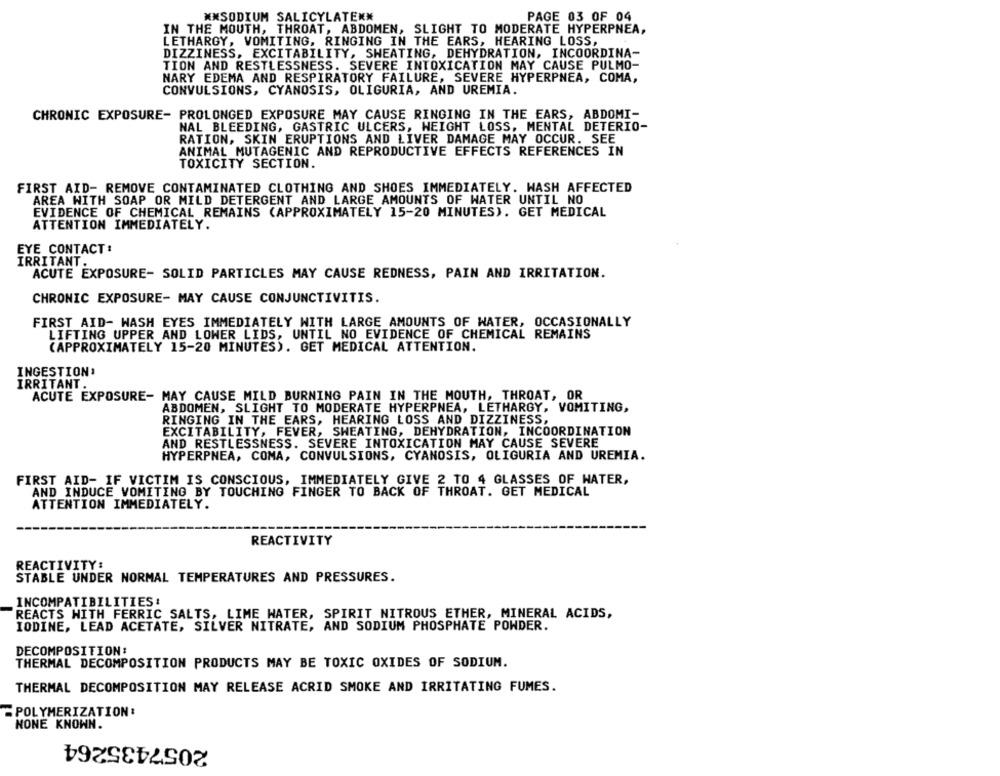
NXSODIUM SALICYLATEKN
PAGE 03 OF 04
IN THE MOUTH, THROAT, ABDOMEN, SLIGHT TO MODERATE HYPERPNEA,
LETHARGY, VOMITING, RINGING IN THE EARS, HEARING LOSS,
DIZZINESS, EXCITABILITY, SWEATING, DEHYDRATION, INCOORDINA-
TION AND RESTLESSNESS. SEVERE INTOXICATION MAY CAUSE PULMO-
NARY EDEMA AND RESPIRATORY FAILURE, SEVERE HYPERPNEA, COMA,
CONVULSIONS, CYANOSIS, OLIGURIA, AND UREMIA.
CHRONIC EXPOSURE- PROLONGED EXPOSURE MAY CAUSE RINGING IN THE EARS, ABDOMI-
NAL BLEEDING, GASTRIC ULCERS, WEIGHT LOSS, MENTAL DETERIO-
RATION, SKIN ERUPTIONS AND LIVER DAMAGE MAY OCCUR. SEE
ANIMAL MUTAGENIC AND REPRODUCTIVE EFFECTS REFERENCES IN
TOXICITY SECTION.
FIRST AID- REMOVE CONTAMINATED CLOTHING AND SHOES IMMEDIATELY. HASH AFFECTED
AREA WITH SOAP OR MILD DETERGENT AND LARGE AMOUNTS OF WATER UNTIL NO
EVIDENCE OF CHEMICAL REMAINS (APPROXIMATELY 15-20 MINUTES). GET MEDICAL
ATTENTION IMMEDIATELY.
EYE CONTACT:
IRRITANT.
ACUTE EXPOSURE- SOLID PARTICLES MAY CAUSE REDNESS, PAIN AND IRRITATION.
CHRONIC EXPOSURE- MAY CAUSE CONJUNCTIVITIS.
FIRST AID- WASH EYES IMMEDIATELY WITH LARGE AMOUNTS OF WATER, OCCASIONALLY
LIFTING UPPER AND LOWER LIDS, UNTIL NO EVIDENCE OF CHEMICAL REMAINS
(APPROXIMATELY 15-20 MINUTES). GET MEDICAL ATTENTION.
INGESTION'
IRRITANT.
ACUTE EXPOSURE- MAY CAUSE MILD BURNING PAIN IN THE MOUTH, THROAT, OR
ABDOMEN, SLIGHT TO MODERATE HYPERPNEA, LETHARGY, VOMITING,
RINGING IN THE EARS, HEARING LOSS AND DIZZINESS,
EXCITABILITY, FEVER, SWEATING, DEHYDRATION, INCOORDINATION
AND RESTLESSNESS. SEVERE INTOXICATION MAY CAUSE SEVERE
HYPERPNEA, COMA, CONVULSIONS, CYANOSIS, OLIGURIA AND UREMIA.
FIRST AID- IF VICTIM IS CONSCIOUS, IMMEDIATELY GIVE 2 TO 4 GLASSES OF WATER,
AND INDUCE VOMITING BY TOUCHING FINGER TO BACK OF THROAT. GET MEDICAL
ATTENTION IMMEDIATELY.
REACTIVITY
REACTIVITY:
STABLE UNDER NORMAL TEMPERATURES AND PRESSURES.
INCOMPATIBILITIES:
REACTS WITH FERRIC SALTS, LIME WATER, SPIRIT NITROUS ETHER, MINERAL ACIDS,
IODINE, LEAD ACETATE, SILVER NITRATE, AND SODIUM PHOSPHATE POWDER.
DECOMPOSITION:
THERMAL DECOMPOSITION PRODUCTS MAY BE TOXIC OXIDES OF SODIUM.
THERMAL DECOMPOSITION MAY RELEASE ACRID SMOKE AND IRRITATING FUMES.
POLYMERIZATION:
NONE KNOWN.
2057435264